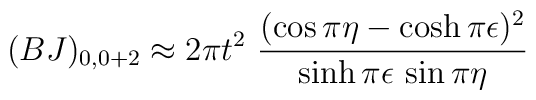
(BJ)_{0,0+2}\approx 2\pi t^2~\frac{(\cos\pi\eta - \cosh\pi\epsilon)^2}{\sinh\pi\epsilon \, \sin\pi\eta}